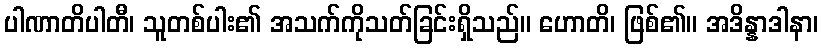
ပါဏာတိပါတီ၊ သူတစ်ပါး၏ အသက်ကိုသတ်ခြင်းရှိသည်။ ဟောတိ၊ ဖြစ်၏။ အဒိန္နာဒါနာ၊